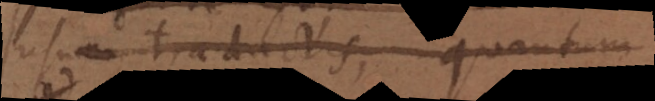
usum traductis, quantum